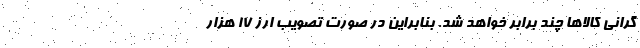
گرانی کالاها چند برابر خواهد شد. بنابراین در صورت تصویب ارز ۱۷ هزار